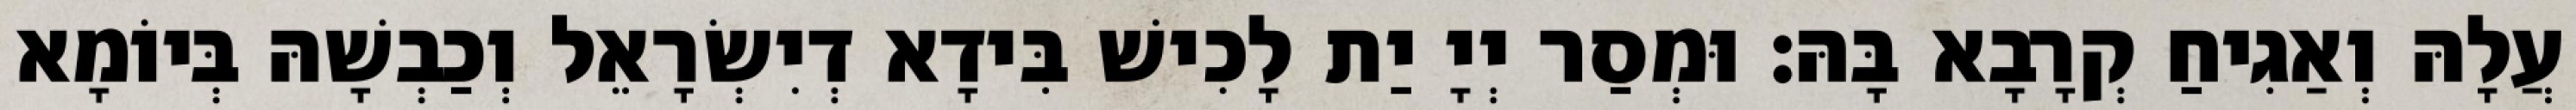
עֲלָהּ וְאַגִיחַ קְרָבָא בָּהּ׃ וּמְסַר יְיָ יַת לָכִישׁ בִּידָא דְיִשְׂרָאֵל וְכַבְשָׁהּ בְּיוֹמָא